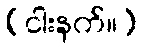
(ငါးနက်။)